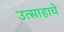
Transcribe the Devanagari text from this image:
उत्साहाचे